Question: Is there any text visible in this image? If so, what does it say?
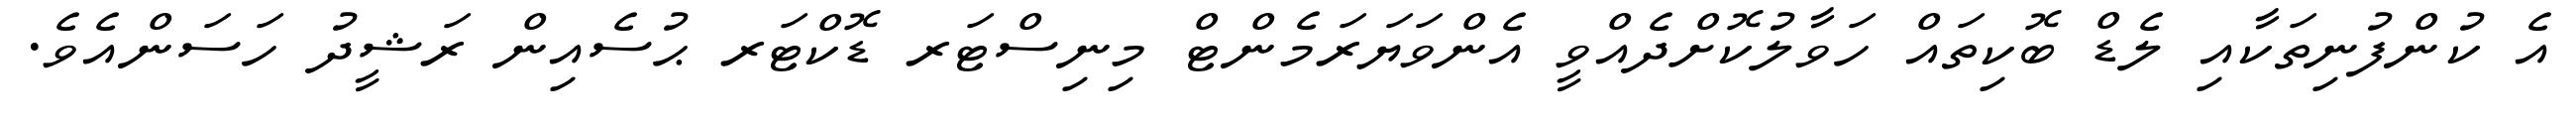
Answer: އެ ކުންފުނިތަކާއި ލެޑް ބޮކިތައް ހަވާލުކޮށްދެއްވީ އެންވަޔަރަމެންޓް މިނިސްޓަރ ޑޮކްޓަރ ޙުސެއިން ރަޝީދު ހަސަންއެވެ.